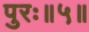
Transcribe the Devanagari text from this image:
पुरः॥५॥